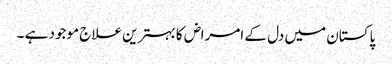
پاکستان میں دل کے امراض کا بہترین علاج موجود ہے ۔